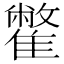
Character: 䨆